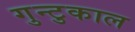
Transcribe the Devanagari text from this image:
गुन्टुकाल